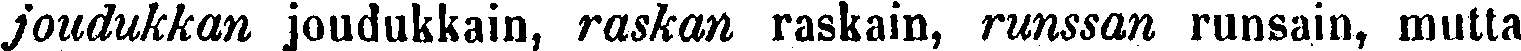
joudukkan joudukkain, raskan raskain, runssan runsain, mutta